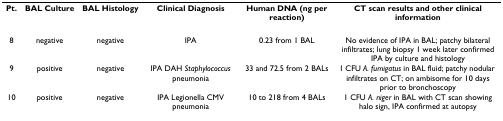
<table><thead><tr><td><b>Pt.</b></td><td><b>BAL Culture</b></td><td><b>BAL Histology</b></td><td><b>Clinical Diagnosis</b></td><td><b>Human DNA (ng per reaction)</b></td><td><b>CT scan results and other clinical information</b></td></tr></thead><tbody><tr><td>8</td><td>negative</td><td>negative</td><td>IPA</td><td>0.23 from 1 BAL</td><td>No evidence of IPA in BAL; patchy bilateral infiltrates; lung biopsy 1 week later confirmed IPA by culture and histology</td></tr><tr><td>9</td><td>positive</td><td>negative</td><td>IPA DAH <i>Staphylococcus </i>pneumonia</td><td>33 and 72.5 from 2 BALs</td><td>1 CFU <i>A. fumigatus </i>in BAL fluid; patchy nodular infiltrates on CT; on ambisome for 10 days prior to bronchoscopy</td></tr><tr><td>10</td><td>positive</td><td>negative</td><td>IPA Legionella CMV pneumonia</td><td>10 to 218 from 4 BALs</td><td>1 CFU <i>A. niger </i>in BAL with CT scan showing halo sign, IPA confirmed at autopsy</td></tr></tbody></table>